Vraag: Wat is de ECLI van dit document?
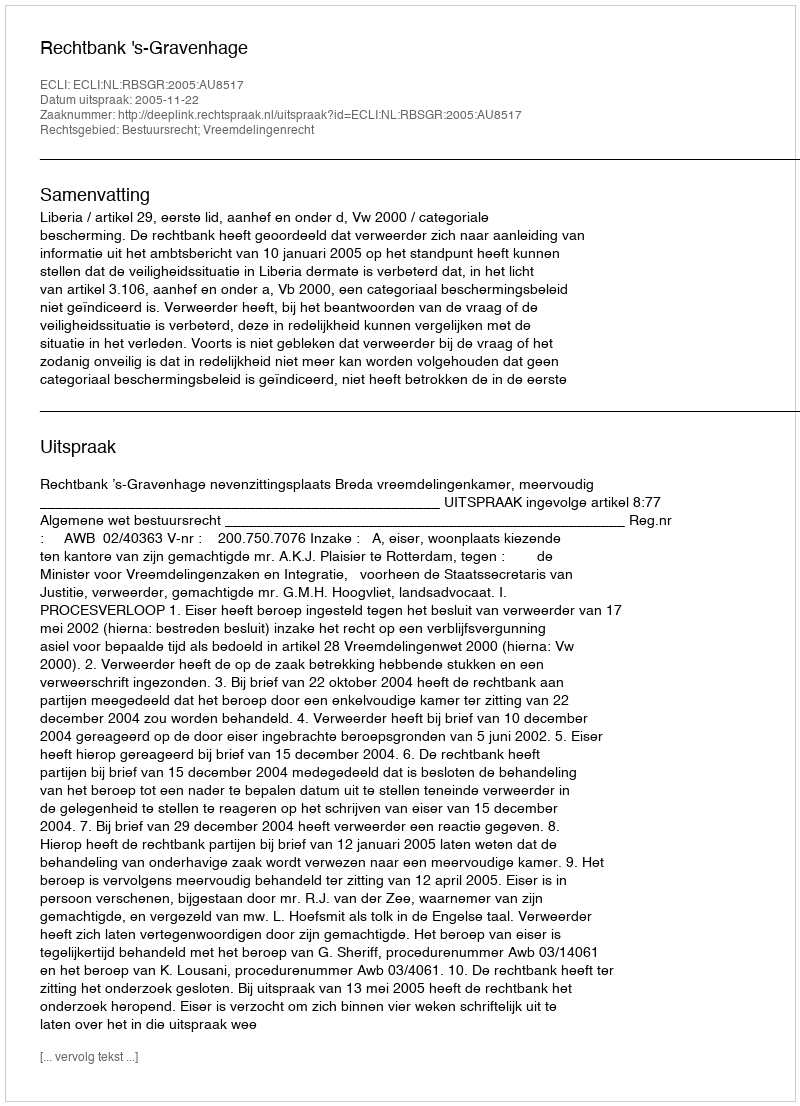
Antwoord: ECLI:NL:RBSGR:2005:AU8517